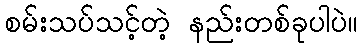
စမ်းသပ်သင့်တဲ့ နည်းတစ်ခုပါပဲ။